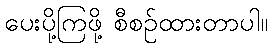
ပေးပို့ကြဖို့ စီစဉ်ထားတာပါ။